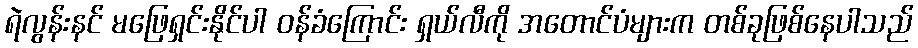
ရဲလွန်းနင် မဖြေရှင်းနိုင်ပါ ဝန်ခံကြောင်း ရှယ်လီကို အတောင်ပံများက တစ်ခုဖြစ်နေပါသည်